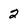
Character: 2